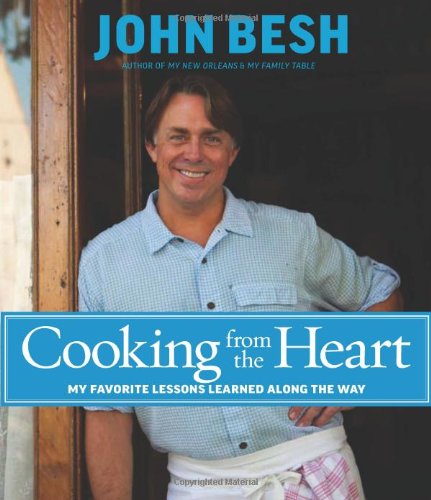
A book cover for Cooking from the Heart: My Favorite Lessons Learned Along the Way; John Besh; Cookbooks, Food & Wine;